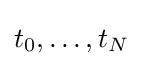
t_{0},\dots ,t_{N}